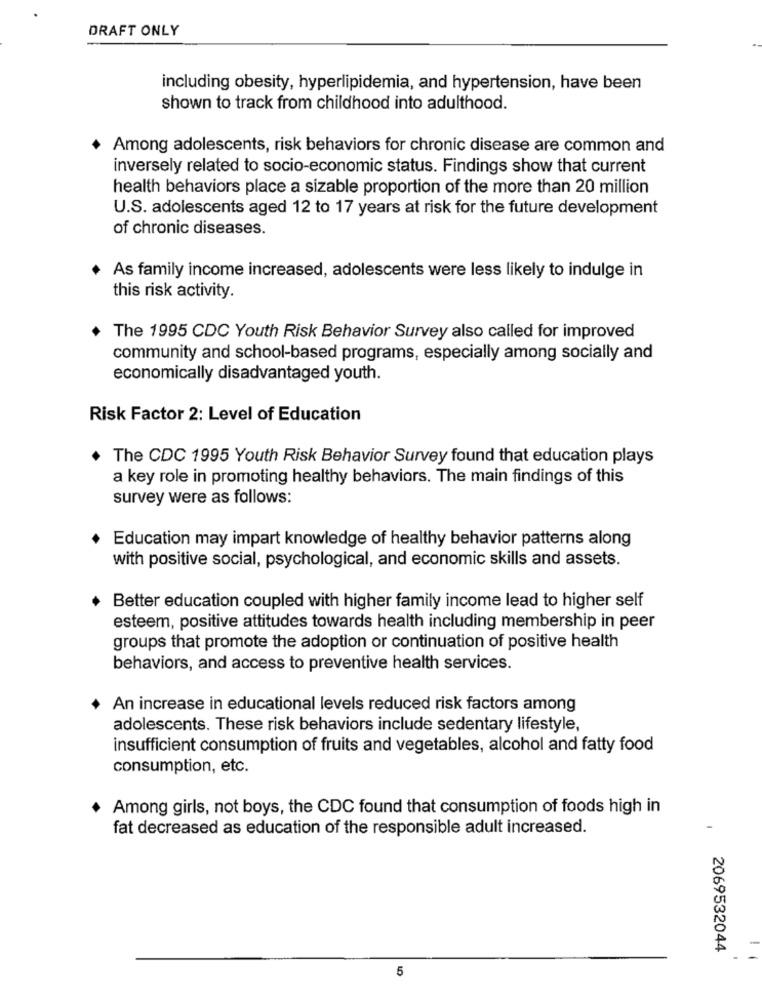
DRAFT ONLY
including obesity, hyperlipidemia, and hypertension, have been
shown to track from childhood into adulthood.
Among adolescents, risk behaviors for chronic disease are common and
inversely related to socio-economic status. Findings show that current
health behaviors place a sizable proportion of the more than 20 million
U.S. adolescents aged 12 to 17 years at risk for the future development
of chronic diseases.
As family income increased, adolescents were less likely to indulge in
this risk activity.
The 1995 CDC Youth Risk Behavior Survey also called for improved
community and school-based programs, especially among socially and
economically disadvantaged youth.
Risk Factor 2: Level of Education
The CDC 1995 Youth Risk Behavior Survey found that education plays
a key role in promoting healthy behaviors. The main findings of this
survey were as follows:
Education may impart knowledge of healthy behavior patterns along
with positive social, psychological, and economic skills and assets.
Better education coupled with higher family income lead to higher self
esteem, positive attitudes towards health including membership in peer
groups that promote the adoption or continuation of positive health
behaviors, and access to preventive health services.
An increase in educational levels reduced risk factors among
adolescents. These risk behaviors include sedentary lifestyle,
insufficient consumption of fruits and vegetables, alcohol and fatty food
consumption, etc.
Among girls, not boys, the CDC found that consumption of foods high in
fat decreased as education of the responsible adult increased.
2069532044
5